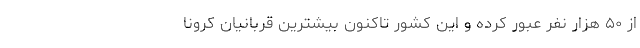
از ۵۰ هزار نفر عبور کرده و این کشور تاکنون بیشترین قربانیان کرونا